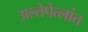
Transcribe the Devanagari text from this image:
अल्तेपेत्लांत